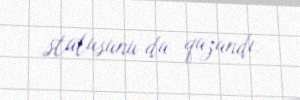
statusunu da qazandı.